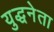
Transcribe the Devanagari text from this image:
युद्धनेता